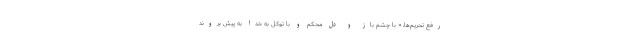
رفع تحریم‌ها، « با چشم باز و دل محکم و با توکل به خدا به پیش بروند